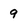
Character: 9